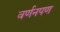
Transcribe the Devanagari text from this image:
वर्णनपण